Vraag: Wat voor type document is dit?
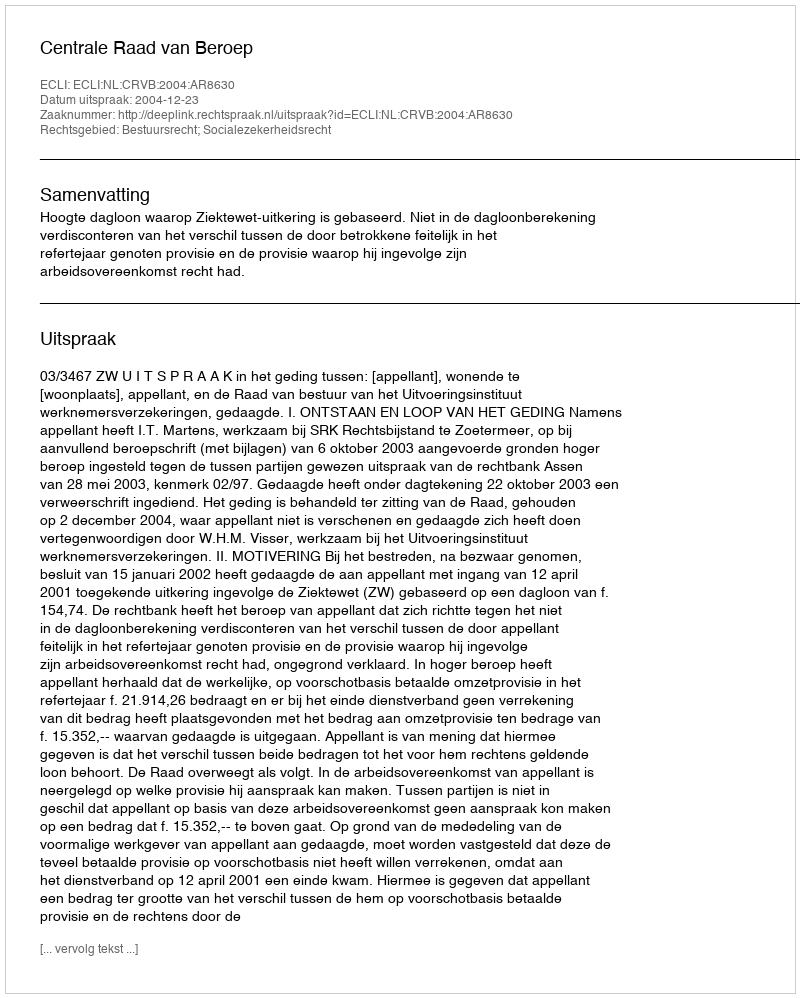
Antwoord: Uitspraak